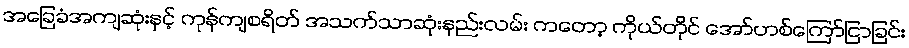
အခြေခံအကျဆုံးနှင့် ကုန်ကျစရိတ် အသက်သာဆုံးနည်းလမ်း ကတော့ ကိုယ်တိုင် အော်ဟစ်ကြော်ငြာခြင်း